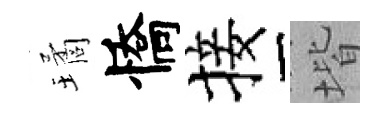
璚憍接堦